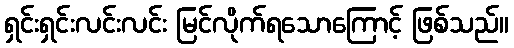
ရှင်းရှင်းလင်းလင်း မြင်လိုက်ရသောကြောင့် ဖြစ်သည်။